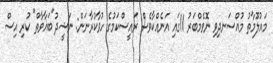
މައުލޫމާތު މުއްސަނދިވި ނޮވެމްބަރު 11ގައި އަނެއްކާވެސް ރައީސްކަމުގެ ހުވާކުރާނަން: ނަޝީދު"ބަޣާވާތް" ކުރި އިސް